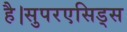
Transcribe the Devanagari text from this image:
है।सुपरएसिड्स